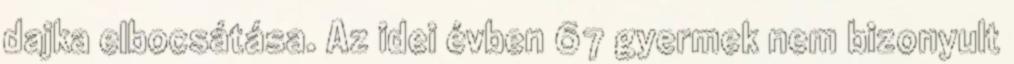
dajka elbocsátása. Az idei évben 67 gyermek nem bizonyult